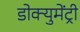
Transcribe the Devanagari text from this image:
डोक्युमेंट्री